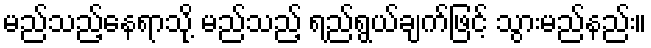
မည်သည့်နေရာသို့ မည်သည့် ရည်ရွယ်ချက်ဖြင့် သွားမည်နည်း။